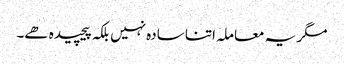
مگر یہ معاملہ اتنا سادہ نہیں بلکہ پیچیدہ ھے۔